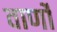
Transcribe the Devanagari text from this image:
वार्णो